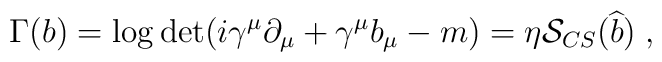
\Gamma (b)=\log \det (i\gamma ^\mu \partial _\mu +\gamma ^\mu b_\mu -m)=\eta {\cal S}_{CS}(\widehat{b})\;,